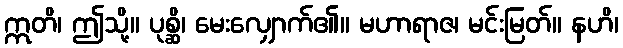
ဣတိ၊ ဤသို့။ ပုစ္ဆိ၊ မေးလျှောက်၏။ မဟာရာဇ၊ မင်းမြတ်။ နဟိ၊